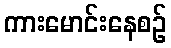
ကားမောင်းနေစဉ်